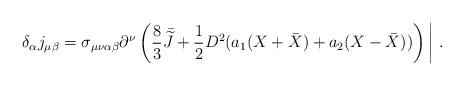
LaTeX: \begin{align*}\delta_\alpha j_{\mu\beta} =\sigma_{\mu\nu\alpha\beta}\partial^\nu\left(\frac{8}{3}{\kern .35em\bar{\kern -.35em{\widetilde J}}}+\frac{1}{2}D^2(a_1 (X+{\bar X}) + a_2 (X-{\bar X}))\right)\displaystyle{\biggl\vert}\ .\end{align*}